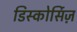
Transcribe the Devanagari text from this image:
डिस्कोर्सिज़